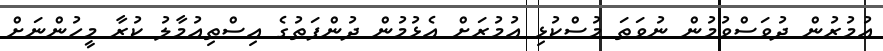
އުމުރުން ދުވަސްވުމުން ނުވަތަ މުސްކުޅި އުމުރަށް އެޅުމުން ދުންފަތުގެ އިސްތިއުމާލު ކުރާ މީހުންނަށް